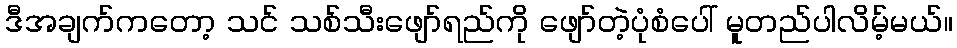
ဒီအချက်ကတော့ သင် သစ်သီးဖျော်ရည်ကို ဖျော်တဲ့ပုံစံပေါ် မူတည်ပါလိမ့်မယ်။